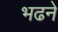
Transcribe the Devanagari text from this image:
भढने